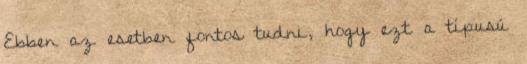
Ebben az esetben fontos tudni, hogy ezt a típusú